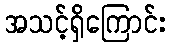
အသင့်ရှိကြောင်း